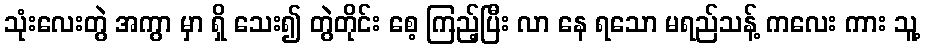
သုံးလေးတွဲ အကွာ မှာ ရှိ သေး၍ တွဲတိုင်း စေ့ ကြည့်ပြီး လာ နေ ရသော မရည်သန့် ကလေး ကား သူ့